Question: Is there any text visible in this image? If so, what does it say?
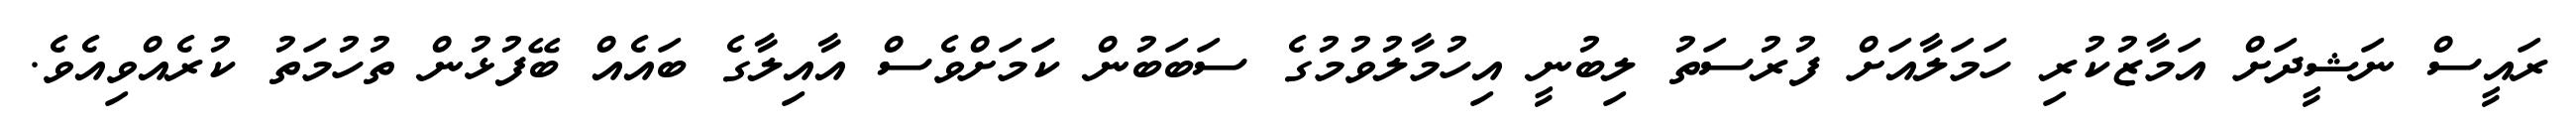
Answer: ރައީސް ނަޝީދަށް އަމާޒުކުރި ހަމަލާއަށް ފުރުސަތު ލިބުނީ އިހުމާލުވުމުގެ ސަބަބުން ކަަމަށްވެސް އާއިލާގެ ބައެއް ބޭފުޅުން ތުހުމަތު ކުރެއްވިއެވެ.